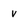
Character: v